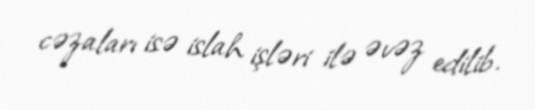
cəzaları isə islah işləri ilə əvəz edilib.